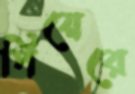
পিয়েরে